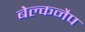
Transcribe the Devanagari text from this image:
बेल्कनैप